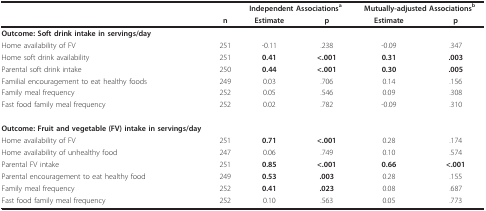
<table><thead><tr><td></td><td></td><td colspan="2"><b>Independent Associations<sup>a</sup></b></td><td colspan="2"><b>Mutually-adjusted Associations<sup>b</sup></b></td></tr><tr><td></td><td><b>n</b></td><td><b>Estimate</b></td><td><b>p</b></td><td><b>Estimate</b></td><td><b>p</b></td></tr></thead><tbody><tr><td><b>Outcome: Soft drink intake in servings/day</b></td><td></td><td></td><td></td><td></td><td></td></tr><tr><td>Home availability of FV</td><td>251</td><td>-0.11</td><td>.238</td><td>-0.09</td><td>.347</td></tr><tr><td>Home soft drink availability</td><td>251</td><td><b>0.41</b></td><td><b>&lt;.001</b></td><td><b>0.31</b></td><td><b>.003</b></td></tr><tr><td>Parental soft drink intake</td><td>250</td><td><b>0.44</b></td><td><b>&lt;.001</b></td><td><b>0.30</b></td><td><b>.005</b></td></tr><tr><td>Familial encouragement to eat healthy foods</td><td>249</td><td>0.03</td><td>.706</td><td>0.14</td><td>.156</td></tr><tr><td>Family meal frequency</td><td>252</td><td>0.05</td><td>.546</td><td>0.09</td><td>.308</td></tr><tr><td>Fast food family meal frequency</td><td>252</td><td>0.02</td><td>.782</td><td>-0.09</td><td>.310</td></tr><tr><td><b>Outcome: Fruit and vegetable (FV) intake in servings/day</b></td><td></td><td></td><td></td><td></td><td></td></tr><tr><td>Home availability of FV</td><td>251</td><td><b>0.71</b></td><td><b>&lt;.001</b></td><td>0.28</td><td>.174</td></tr><tr><td>Home availability of unhealthy food</td><td>247</td><td>0.06</td><td>.749</td><td>0.10</td><td>.574</td></tr><tr><td>Parental FV intake</td><td>251</td><td><b>0.85</b></td><td><b>&lt;.001</b></td><td><b>0.66</b></td><td><b>&lt;.001</b></td></tr><tr><td>Parental encouragement to eat healthy food</td><td>249</td><td><b>0.53</b></td><td><b>.003</b></td><td>0.28</td><td>.155</td></tr><tr><td>Family meal frequency</td><td>252</td><td><b>0.41</b></td><td><b>.023</b></td><td>0.08</td><td>.687</td></tr><tr><td>Fast food family meal frequency</td><td>252</td><td>0.10</td><td>.563</td><td>0.05</td><td>.773</td></tr></tbody></table>